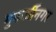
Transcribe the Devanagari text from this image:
मुकर्जीनगर